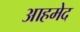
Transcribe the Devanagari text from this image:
आहमेद